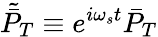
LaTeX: \tilde{\bar{P}}_{T}\equiv e^{i\omega_{s}t}\bar{P}_{T}